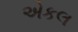
એકલ